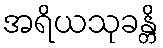
အရိယသုခန္တိ